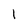
Character: 1